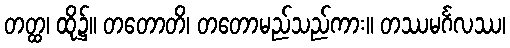
တတ္ထ၊ ထို၌။ တတောတိ၊ တတောမည်သည်ကား။ တဿမင်္ဂလဿ၊